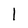
Character: l